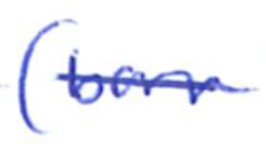
Text: (born
Cross-out: single-line
Writing tool: ballpoint